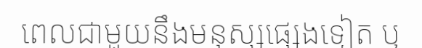
ពេលជាមួយនឹងមនុស្សផ្សេងទៀត ឬ